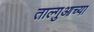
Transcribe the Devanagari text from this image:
ताल्गुआच्या